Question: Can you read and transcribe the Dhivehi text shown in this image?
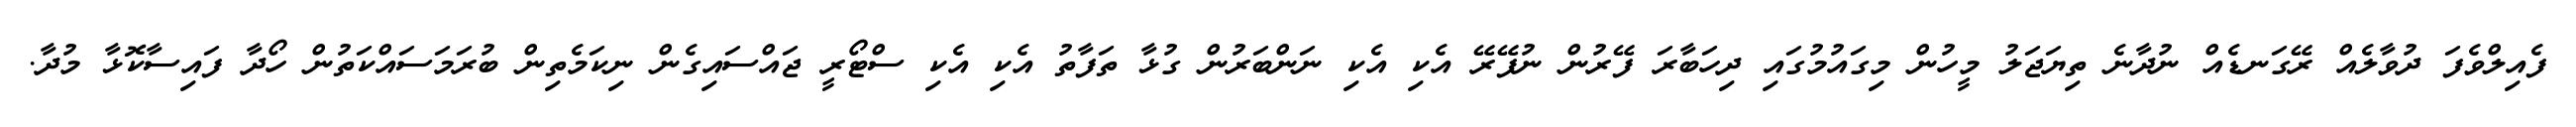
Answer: ފެއިލްވެފަ ދުވާލެއް ރޭގަނޑެއް ނުދާނެ ތިޔަޖަލު މީހުން މިގައުމުގައި ދިހަބާރަ ފޭރުން ނުފޭރޭ އެކި އެކި ނަންބަރުން ގުޅާ ތަފާތު އެކި އެކި ސްޓޯރީ ޖައްސައިގެން ނިކަމެތިން ބުރަމަސައްކަތުން ހޯދާ ފައިސާކޮޅާ މުދާ.